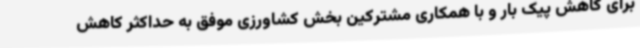
برای کاهش پیک بار و با همکاری مشترکین بخش کشاورزی موفق به حداکثر کاهش